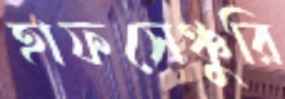
হাফসেঞ্চুরি